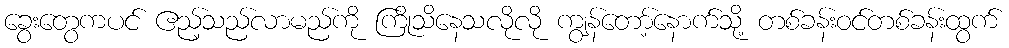
ခွေးတွေကပင် ဧည့်သည်လာမည်ကို ကြိုသိနေသလိုလို ကျွန်တော့်နောက်သို့ တစ်ခန်းဝင်တစ်ခန်းထွက်